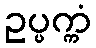
ဥပ္ပက္ကံ